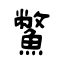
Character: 鱉